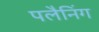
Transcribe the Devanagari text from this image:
पलैनिंग